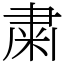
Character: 粛